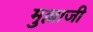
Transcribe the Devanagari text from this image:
मुल्लाजी